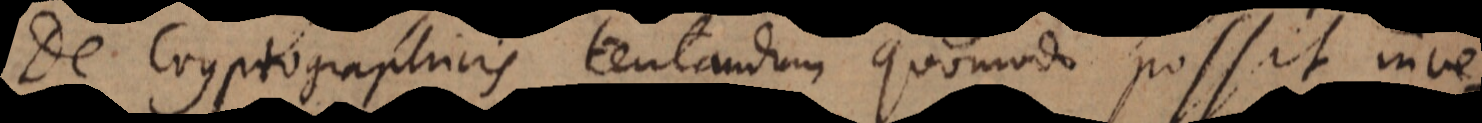
De Cryptographicis, tentandum quomodo possit inve